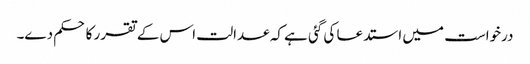
درخواست میں استدعا کی گئی ہے کہ عدالت اس کے تقرر کا حکم دے۔